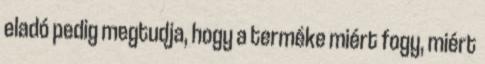
eladó pedig megtudja, hogy a terméke miért fogy, miért